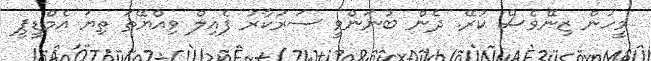
މީހުން ޒިނޭވެސް ކުރޭ. ދެން ބުނަންވީ ސަރުކާރު ފެއިލް ވިއްޔޭތަ ތިޔަ އެމްޑީޕީ